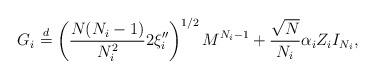
LaTeX: \begin{align*}G_i \stackrel{d}{=}\left(\frac{N(N_i-1)}{N_i^2}2\xi_i''\right)^{1/2}M^{N_i-1} + \frac{\sqrt{N}}{N_i}\alpha_i Z_i I_{N_i},\end{align*}